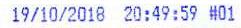
19/10/2018 20:49:59 #01